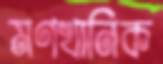
মণখানিক